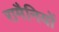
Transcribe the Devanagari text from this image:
रामैनियों